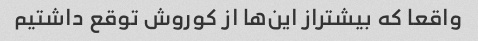
واقعا که بیشتراز این‌ها از کوروش توقع داشتیم